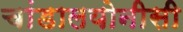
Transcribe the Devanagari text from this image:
चांडालयोनीसी